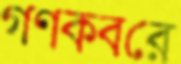
গণকবরে